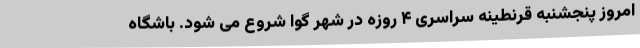
امروز پنجشنبه قرنطینه سراسری ۴ روزه در شهر گوا شروع می شود. باشگاه